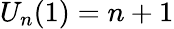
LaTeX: U_{n}(1)=n+1